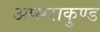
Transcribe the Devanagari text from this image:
अप्सराकुण्ड